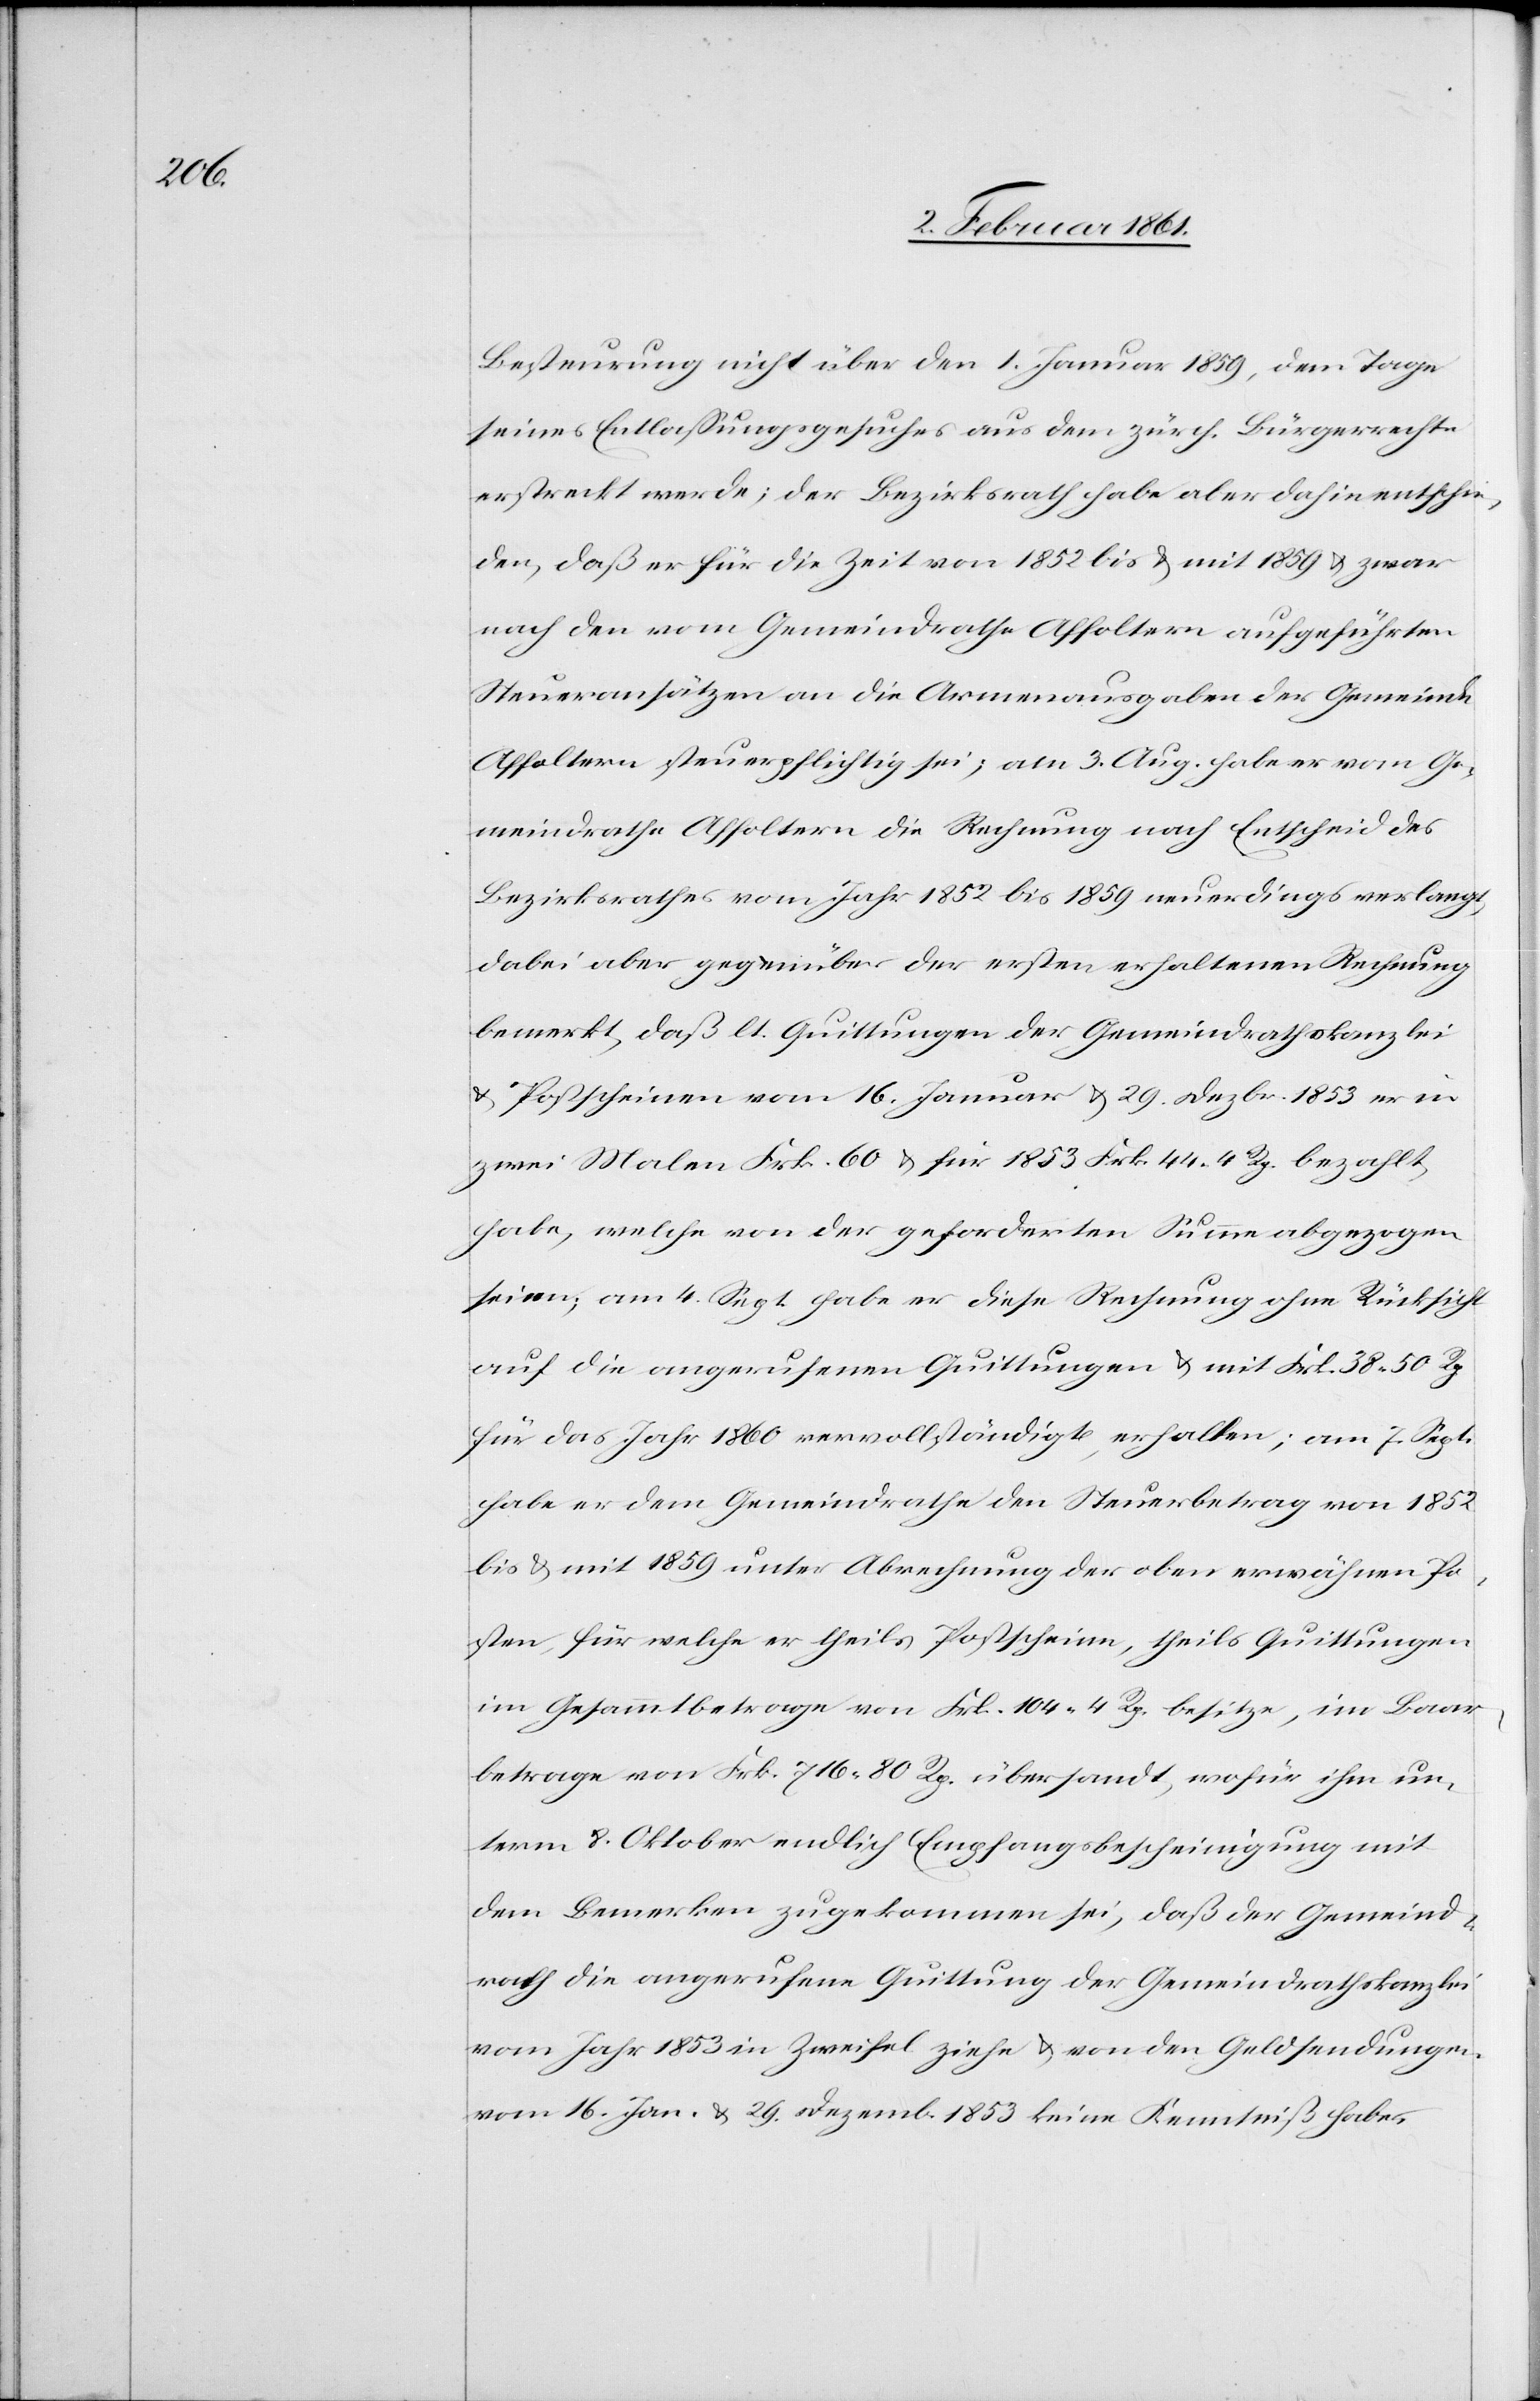
Besteurung nicht über den 1. Januar 1859, dem Tage
seines Entlassungsgesuches aus dem zürch. Bürgerrechte
erstreckt werde, der Bezirksrath habe aber dahin entschie¬
den, daß er für die Zeit von 1852 bis u. mit 1859 u. zwar
nach den vom Gemeindrathe Affoltern aufgeführten
Steueransätzen an die Armenausgaben der Gemeinde
Affoltern steuerpflichtig sei; am 3. Aug. habe er vom Ge¬
meindrathe Affoltern die Rechnung nach Entscheid des
Bezirksrathes vom Jahr 1852 bis 1859 neuerdings verlangt,
dabei aber gegenüber der ersten erhaltenen Rechnung
bemerkt, daß lt. Quittungen der Gemeindrathskanzlei
u. Postscheinen vom 16. Januar u. 29. Dezbr. 1853 er in
zwei Malen Frk. 60 u. für 1853 Frk. 44. 4 Rp. bezahlt
habe, welche von der geforderten Summe abgezogen
seien; am 4. Sept. habe er diese Rechnung ohne Rücksicht
auf die angerufenen Quittungen u. mit Frk. 38. 50 Rp.
für das Jahr 1860 vervollständig erhalten; am 7. Sept.
habe er dem Gemeindrathe den Steuerbetrag von 1852
bis u. mit 1859 unter Abrechnung der oben erwähn[t]en Po¬
sten, für welche er theils Postscheine, theils Quittungen
im Gesammtbetrage von Frk. 104. 4 Rp. besitze, im Baar¬
betrage von Frk. 716. 80 Rp. übersandt, wofür ihm un¬
term 8. Oktober endlich Empfangsbescheinigung mit
dem Bemerken zugekommen sei, daß der Gemeind¬
rath die angerufene Quittung der Gemeindrathskanzlei
vom Jahr 1853 in Zweifel ziehe u. von den Geldsendungen
vom 16. Jan. u. 29. Dezemb. 1853 keine Kenntniß habe.